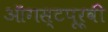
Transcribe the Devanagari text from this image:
ऑगस्टपूर्वी